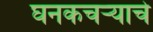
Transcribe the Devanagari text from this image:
घनकचऱ्याचे